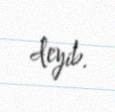
deyib.